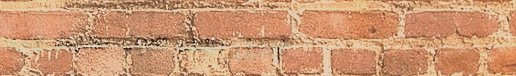
توصيل طلبك للبيت بسرعة وس